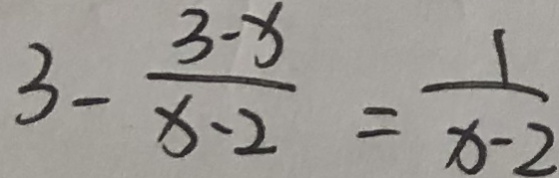
3 - \frac { 3 - x } { x - 2 } = \frac { 1 } { x - 2 }